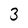
Character: 3